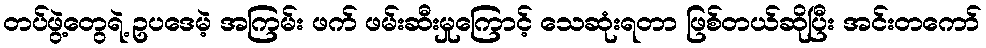
တပ်ဖွဲ့တွေရဲ့ ဥပဒေမဲ့ အကြမ်း ဖက် ဖမ်းဆီးမှုကြောင့် သေဆုံးရတာ ဖြစ်တယ်ဆိုပြီး အင်းတကော်